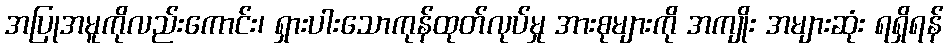
အပြုအမူကိုလည်းကောင်း၊ ရှားပါးသောကုန်ထုတ်လုပ်မှု အားစုများကို အကျိုး အများဆုံး ရရှိရန်